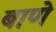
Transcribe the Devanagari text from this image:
बाणे